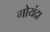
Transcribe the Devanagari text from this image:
गोयंदा